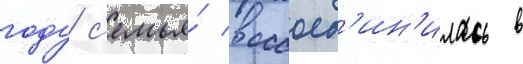
году с'емья́ воссоед'ин'илась в